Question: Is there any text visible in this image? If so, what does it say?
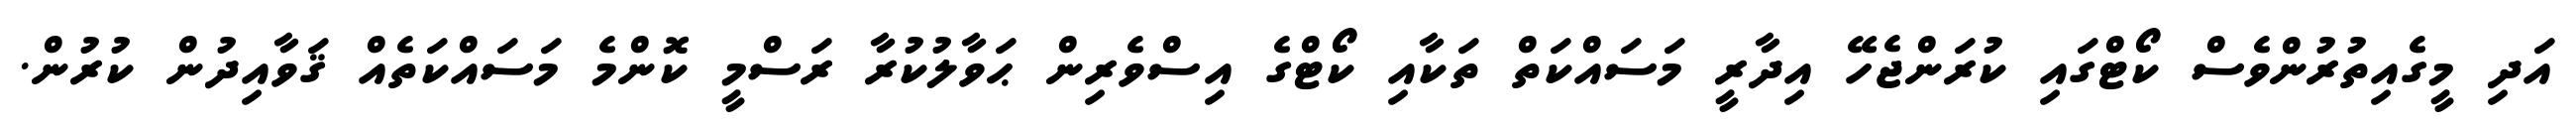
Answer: އަދި މީގެއިތުރުންވެސް ކޯޓްގައި ކުރަންޖެހޭ އިދާރީ މަސައްކަތް ތަކާއި ކޯޓްގެ އިސްވެރިން ޙަވާލުކުރާ ރަސްމީ ކޮންމެ މަސައްކަތެއް ޤަވާއިދުން ކުރުން.